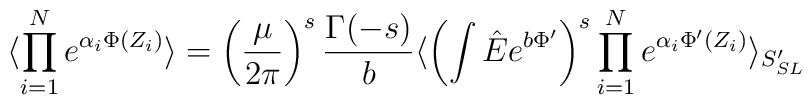
\langle\prod\limits_{i=1}^{N}e^{\alpha_i\Phi (Z_i)}\rangle =\left(\frac{\mu}{2\pi}\right)^s\frac{\Gamma (-s)}{b}\langle\left (\int\hat E e^{b\Phi '}\right )^s\prod\limits_{i=1}^{N}e^{\alpha_i\Phi ' (Z_i)}\rangle_{S_{SL} '}